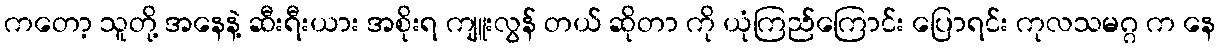
ကတော့ သူတို့ အနေနဲ့ ဆီးရီးယား အစိုးရ ကျူးလွန် တယ် ဆိုတာ ကို ယုံကြည်ကြောင်း ပြောရင်း ကုလသမဂ္ဂ က နေ